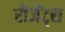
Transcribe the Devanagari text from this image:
रीजेंट्स